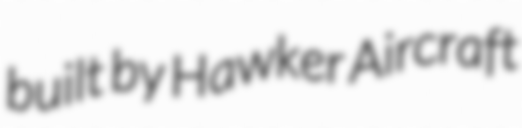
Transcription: built by Hawker Aircraft